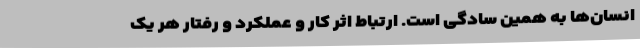
انسان‌ها به همین سادگی است. ارتباط اثر کار و عملکرد و رفتار هر یک